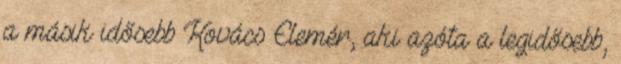
a másik idősebb Kovács Elemér, aki azóta a legidősebb,